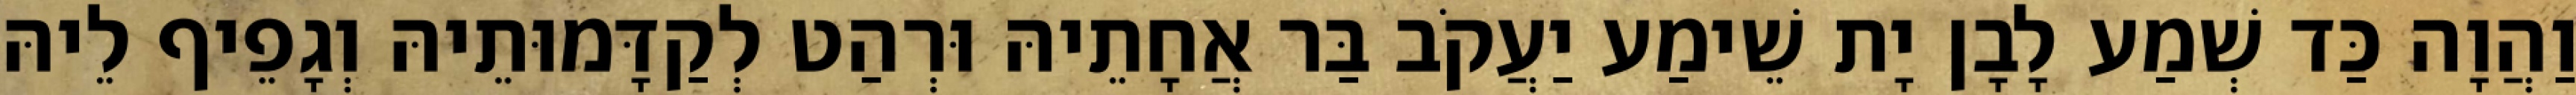
וַהֲוָה כַּד שְׁמַע לָבָן יָת שֵׁימַע יַעֲקֹב בַּר אֲחָתֵיהּ וּרְהַט לְקַדָּמוּתֵיהּ וְגָפֵיף לֵיהּ